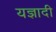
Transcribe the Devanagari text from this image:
यज्ञादी